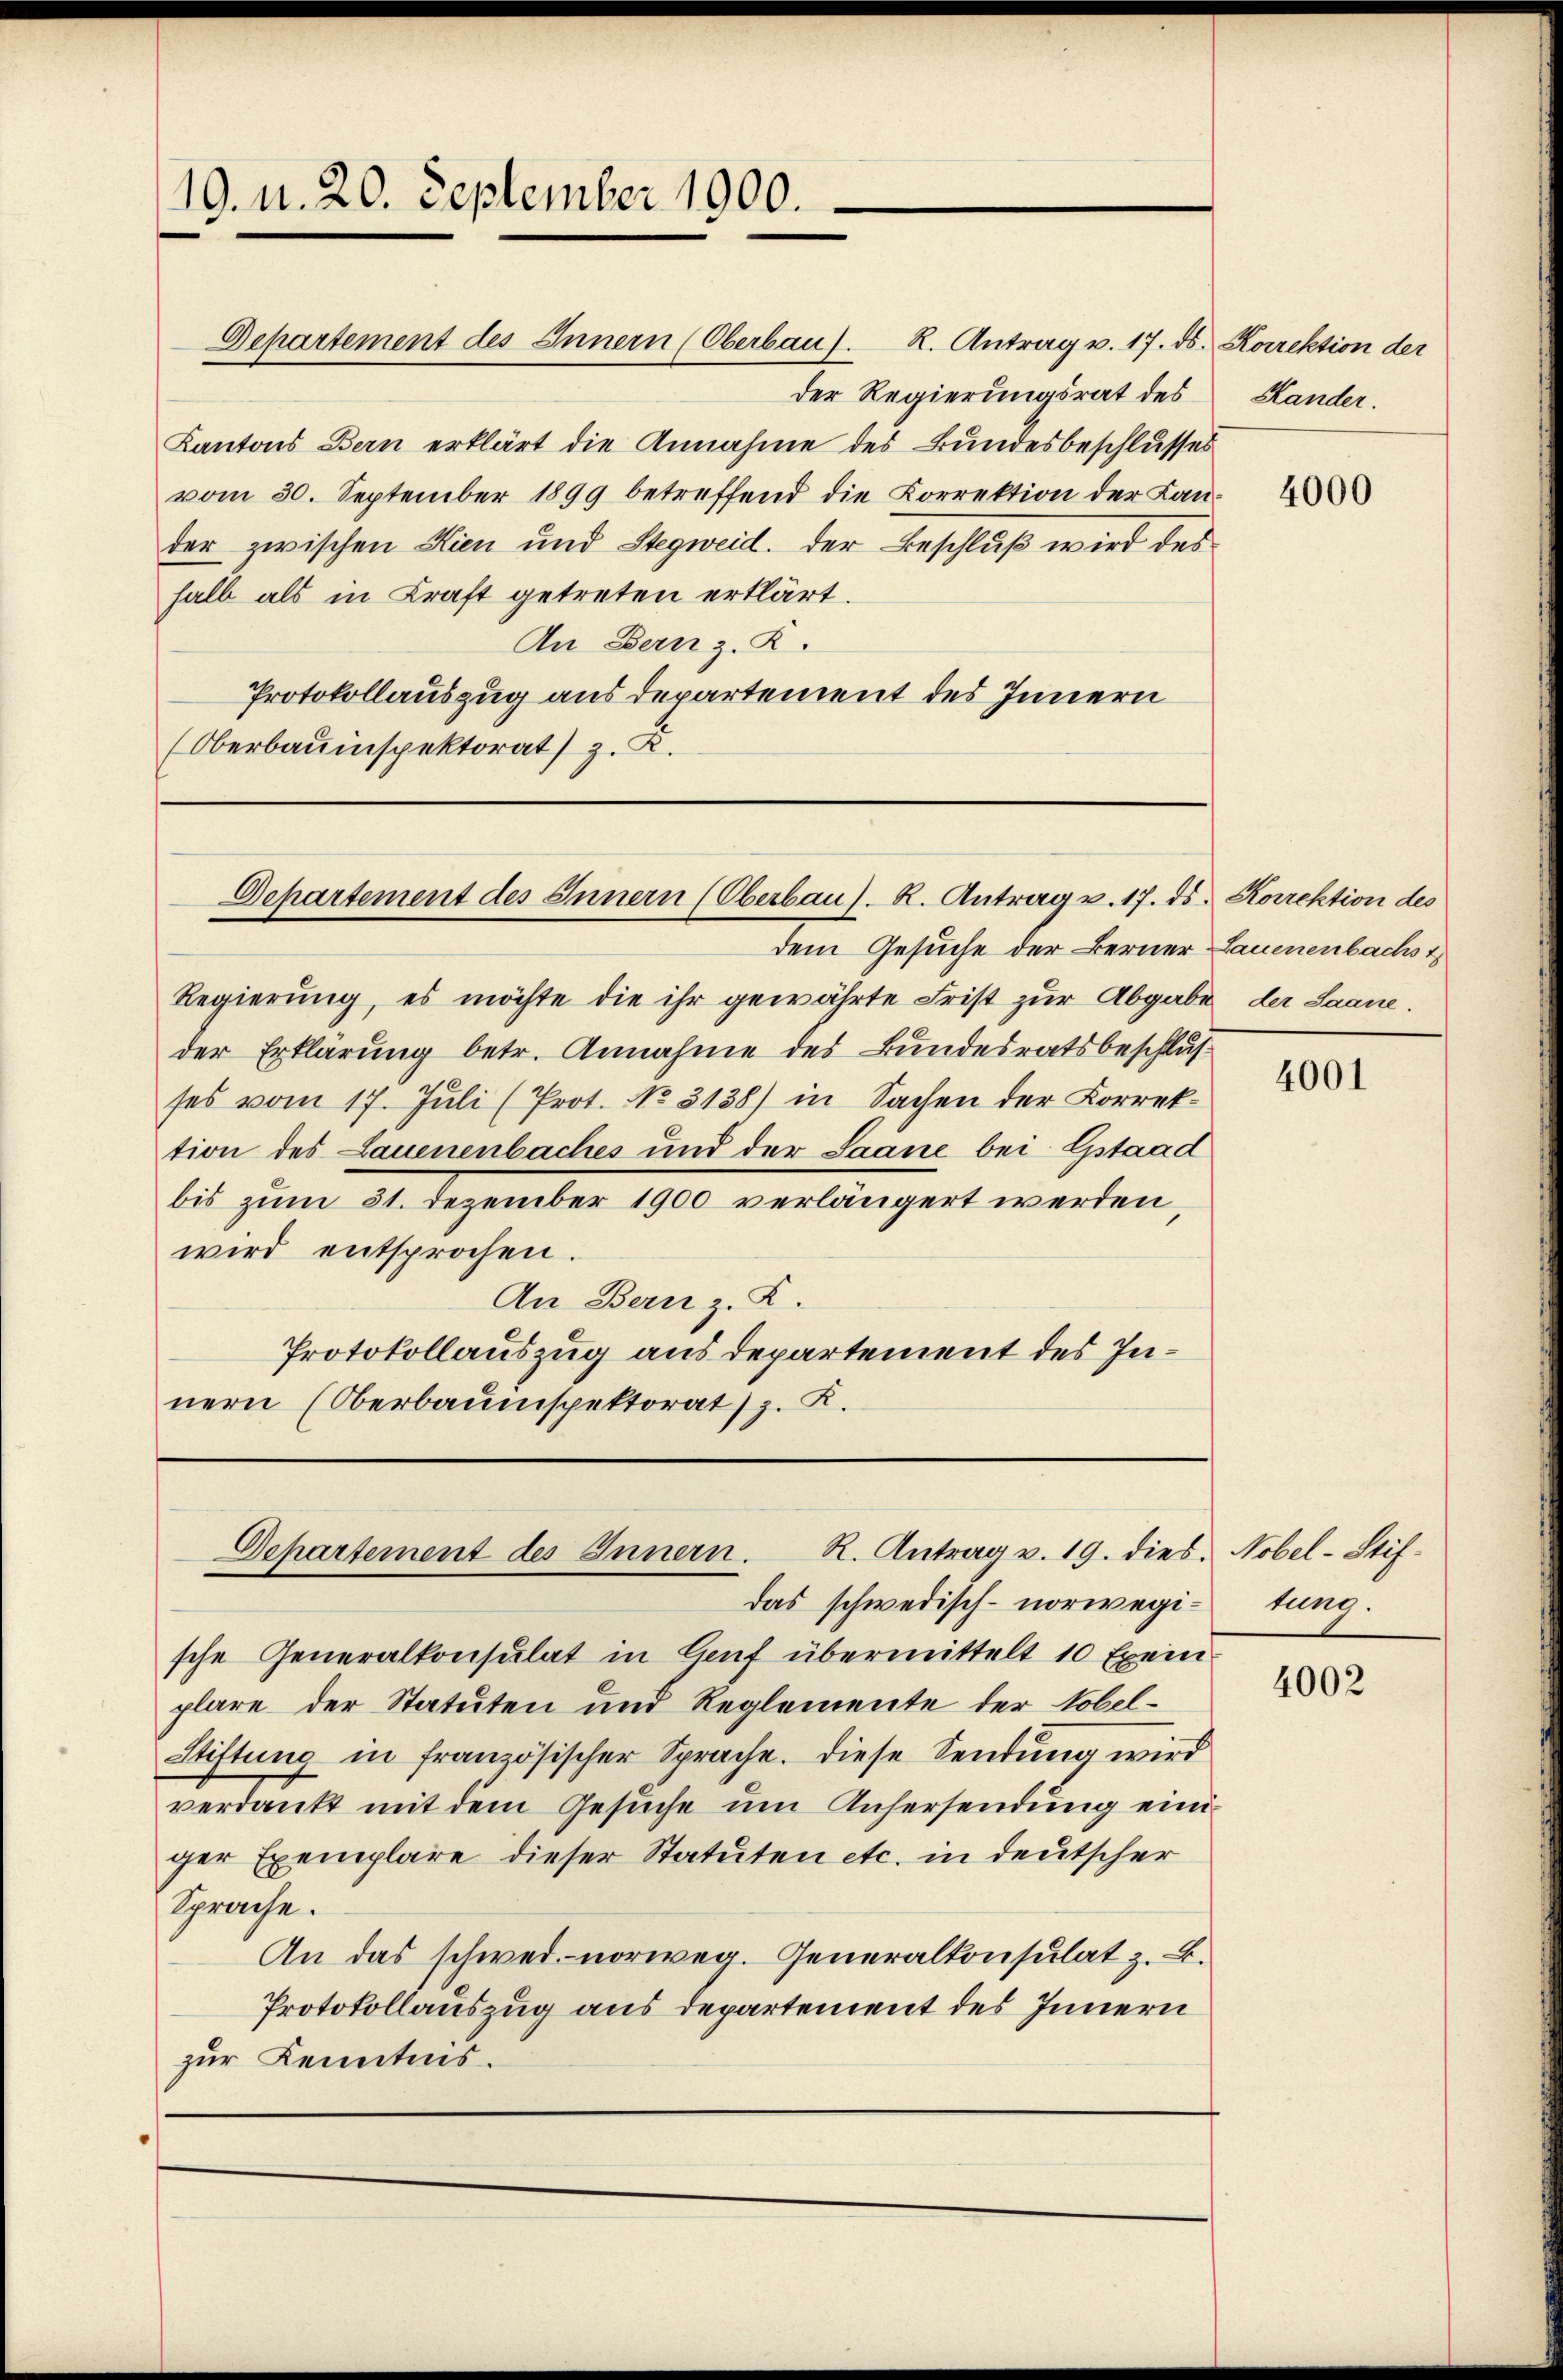
19. N. 20. September 1900.

Departement des Innern (Oberbau). R. Antrag v. 17. ds. Korrektion der
der Regierungsrat des Hander.
Kantons Bern erklärt die Annahme des Bundesbeschlusses
vom 30. September 1899 betreffend die Korrektion der Kander zwischen Kien und Stegweid. Der Beschluß wird des
halb als in Kraft getreten erklärt.
An Bern z. Z.
Protokollauszug aus departement des Innern
(Oberbauinspektorat) z. R.

Departement des Innern (Oberbau). R. Antrag v. 17. ds. Korrektion des

Regierung, es möchte die ihr gewährte Frist zur Abgabe der Saane.
der Erklärung betr. Annahme des Bundesratsbeschlusses vom 17. Juli (Prot. No. 3138) in Sachen der Korrektion des Lauenenbaches und der Saane bei Gstaad
bis zum 31. Dezember 1900 verlängert werden,
wird entsprochen.
An Bern z. Z.
Protokollauszug aus Departement des Innern (Oberbauinspektorat) z. R.

R. Antrag v. 19. dies. Nobel-Stif¬
Departement des Innern.

das schwedisch-norwegi-tung.
sche Generalkonsulat in Lauf übermittelt 10 Exemplare der Statuten und Reglemente der Tobel¬
Stiftung in französischer Sprache. Diese Sendung wird
verdankt mit dem Gesuche um Anhersendung einiger Exemplare dieser Statuten etc. in deutscher
Sprache.
An das schwer norweg. Generalkonsulat z. B.
Protokollauszug aus Departement des Innern
zur Kenntnis.

dem Gesuche der Berner Lauenenbachst

4000

4001

4002